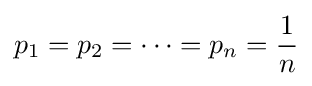
p_{1}=p_{2}=\cdots =p_{n}={\frac {1}{n}}